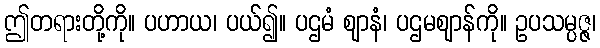
ဤတရားတို့ကို။ ပဟာယ၊ ပယ်၍။ ပဌမံ ဈာနံ၊ ပဌမဈာန်ကို။ ဥပသမ္ပဇ္ဇ၊